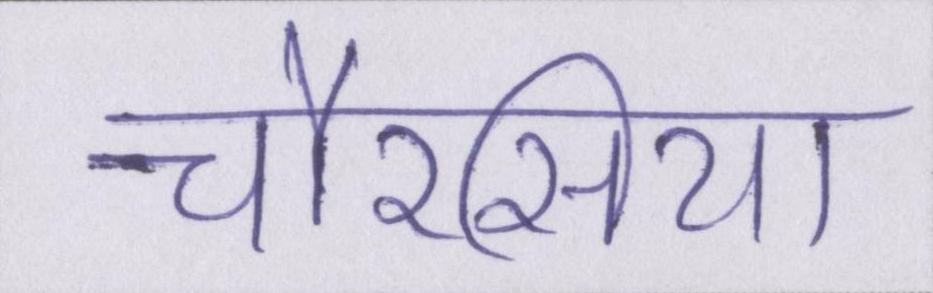
चौरसिया